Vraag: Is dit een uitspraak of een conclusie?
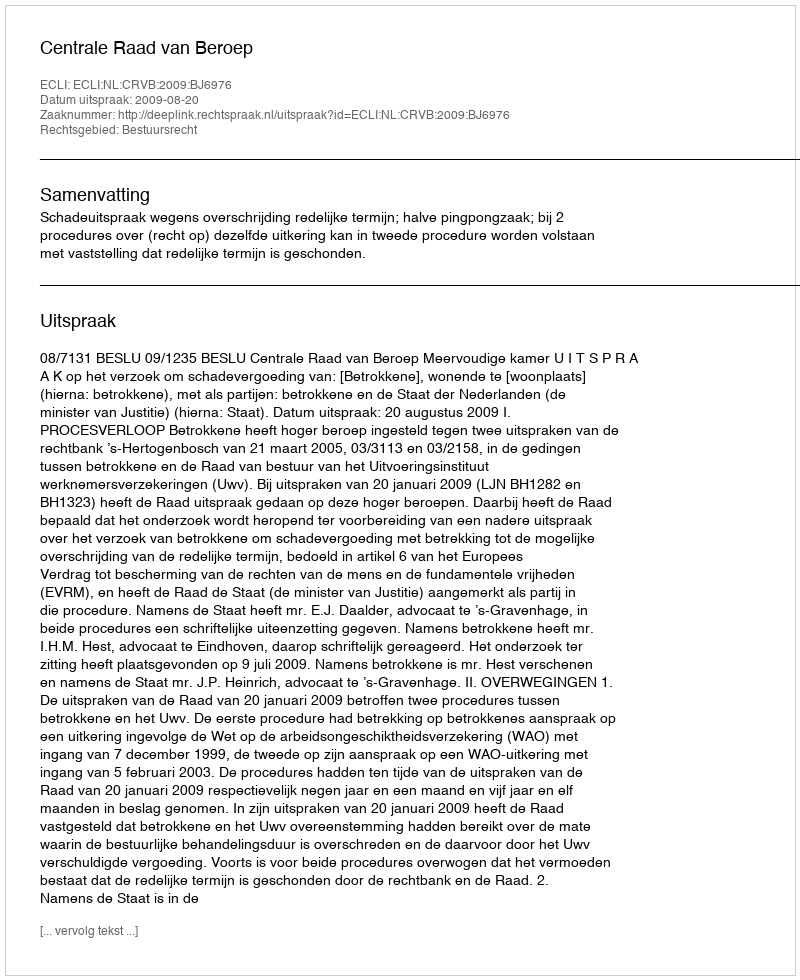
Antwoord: Uitspraak